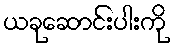
ယခုဆောင်းပါးကို